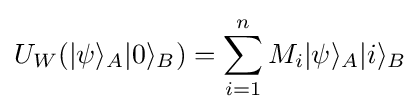
U_{W}(|\psi \rangle _{A}|0\rangle _{B})=\sum _{i=1}^{n}M_{i}|\psi \rangle _{A}|i\rangle _{B}